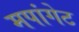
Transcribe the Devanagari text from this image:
मपांगेट